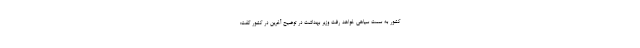
کشور به سمت سیاهی خواهد رفت وزیر بهداشت در توضیح آخرین در کشور گفت: